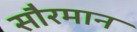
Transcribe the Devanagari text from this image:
सौरमान